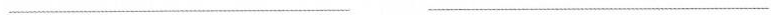
___ ___